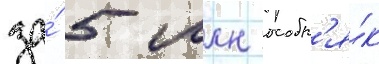
за́ 5 млн особн'я́к